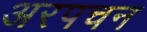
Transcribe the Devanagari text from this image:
अरपचन